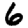
Digit: 6